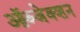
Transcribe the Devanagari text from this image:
ऑब्जेक्शन